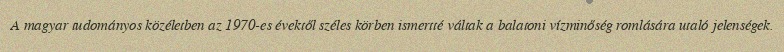
A magyar tudományos közéletben az 1970-es évektől széles körben ismertté váltak a balatoni vízminőség romlására utaló jelenségek.